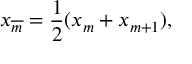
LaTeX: x _ { \overline { { m } } } = { \frac { 1 } { 2 } } ( x _ { m } + x _ { m + 1 } ) ,